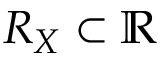
R _ { X } \subset \mathbb { R }